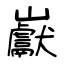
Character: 巚